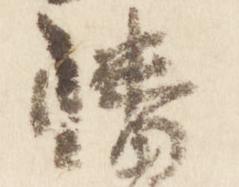
幡